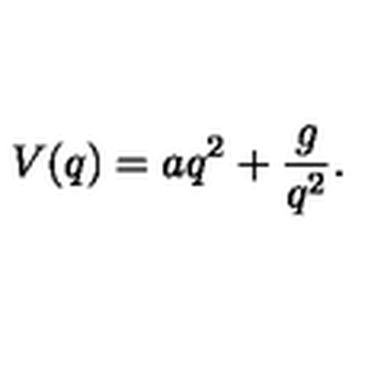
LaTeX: V ( q ) = a q ^ { 2 } + \frac { g } { q ^ { 2 } } .